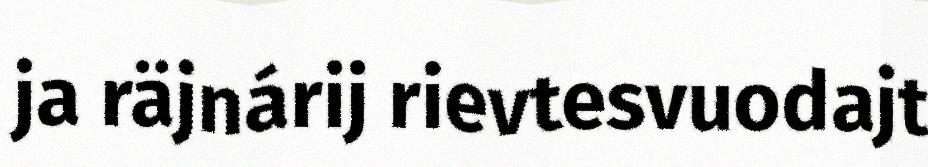
ja räjnárij rievtesvuodajt